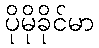
ပိုမိုခိုင်မာ